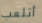
أتلعب